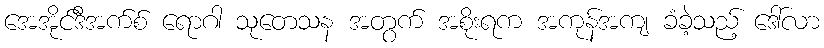
အေအိုင်ဒီအက်စ် ရောဂါ သုတေသန အတွက် အစိုးရက အကုန်အကျ ခံခဲ့သည့် ဒေါ်လာ